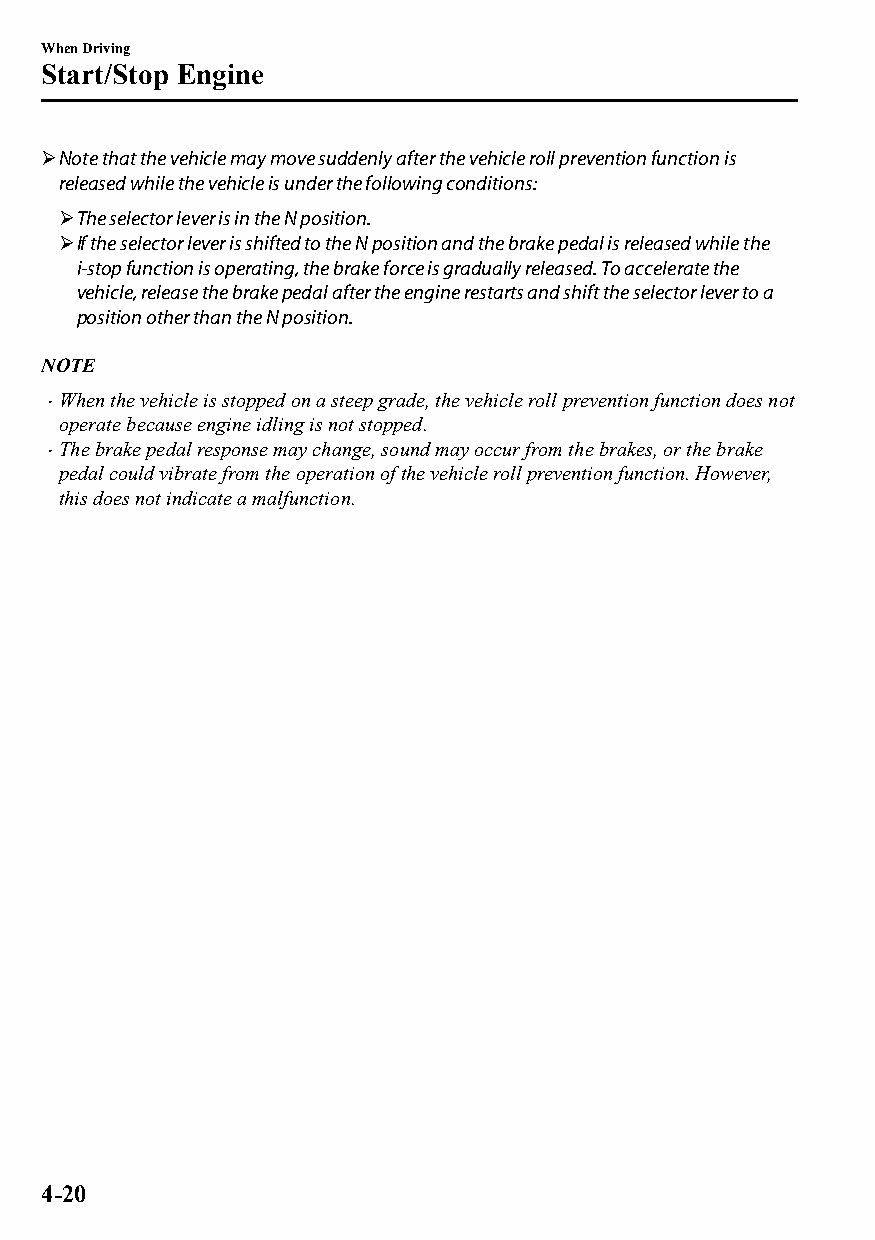
When Driving
 Start/Stop Engine
 Note that the vehicle may move suddenly after the vehicle roll prevention function is
 released while the vehicle is under the following conditions:
 The selector lever is in the N position.
 If the selector lever is shifted to the N position and the brake pedal is released while the
 i-stop function is operating, the brake force is gradually released. To accelerate the
 vehicle, release the brake pedal after the engine restarts and shift the selector lever to a
 position other than the N position.
 NOTE
 When the vehicle is stopped on a steep grade, the vehicle roll prevention function does not
 
 operate because engine idling is not stopped.
 The brake pedal response may change, sound may occur from the brakes, or the brake
 
 pedal could vibrate from the operation of the vehicle roll prevention function. However,
 this does not indicate a malfunction.
 4-20
 CX-3_8GT4-EE-18D_Edition4                  2018-9-6 18:32:19